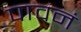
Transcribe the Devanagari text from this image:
पावनं